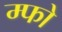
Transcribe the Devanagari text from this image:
म्फो